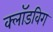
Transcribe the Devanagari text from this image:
क्लॉडविग